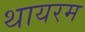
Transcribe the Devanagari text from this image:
थायरम